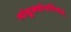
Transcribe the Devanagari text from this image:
मांडूक्योपनिषत्